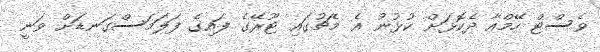
ވެސްޓް ހޭމްއާ ދެކޮޅަށް ކުޅުނު އެ މެޗުގައި ޓޫރޭގެ ފައިގެ ފަލަމަސްގަނޑަށް ވަނީ